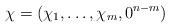
LaTeX: \begin{align*} \chi = (\chi_1,\dots,\chi_m,0^{n-m})\end{align*}